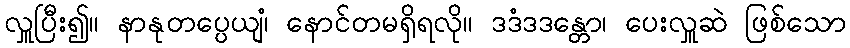
လှူပြီး၍။ နာနုတပ္ပေယျံ၊ နောင်တမရှိရလို။ ဒဒံဒဒန္တော၊ ပေးလှူဆဲ ဖြစ်သော